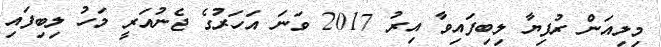
މިލިއަން ރުފިޔާ ލިބިފައިވާ އިރު 2017 ވަނަ އަހަރުގެ ޖެނުއަރީ މަހު ލިބިފައި